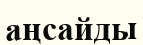
аңсайды